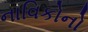
નાવિકોનો